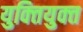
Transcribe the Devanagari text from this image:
युक्‍ितयुक्‍त